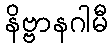
နိဗ္ဗာနဂါမီ